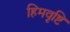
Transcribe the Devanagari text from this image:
हिमवृष्टि